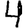
Digit: 4